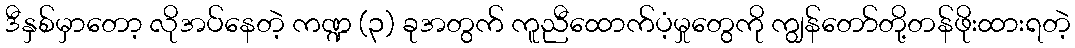
ဒီနှစ်မှာတော့ လိုအပ်နေတဲ့ ကဏ္ဍ (၃) ခုအတွက် ကူညီထောက်ပံ့မှုတွေကို ကျွန်တော်တို့တန်ဖိုးထားရတဲ့